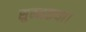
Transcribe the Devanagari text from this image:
सुम्मकथा।